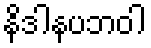
နိဒါနပဘဝါ